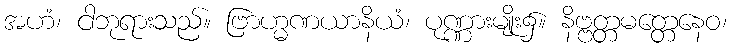
အဟံ၊ ငါဘုရားသည်။ ဗြာဟ္မဏယာနိယံ၊ ပုဏ္ဏားမျိုး၌။ နိဗ္ဗတ္တမတ္တေနေဝ၊